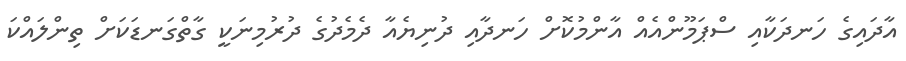
އާދައިގެ ހަނދަކާއި ސްޕަމޫންއެއް އާންމުކޮށް ހަނދާއި ދުނިޔެއާ ދެމެދުގެ ދުރުމިނަކީ ގާތްގަނޑަކަށް ތިންލައްކަ